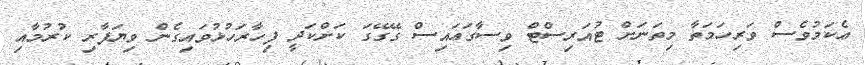
ޢެކަމުވެސް ވަރިހަމަތާ މިތަނަށް ޓުއަރިސްޓް ވިސާގަޢައިސް ގޭގޭގަ ކަށްކަދީ ފިހާރަހުޅުވައިގެން ވިޔަފާރި ކުރުމާއި